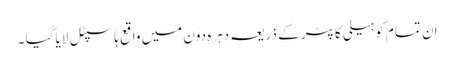
ان تمام کو ہیلی کاپٹر کے ذریعہ دہرہ دون میں واقع ہاسپٹل لایا گیا ۔